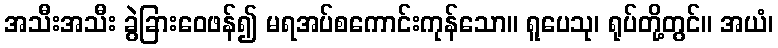
အသီးအသီး ခွဲခြားဝေဖန်၍ မရအပ်စကောင်းကုန်သော။ ရူပေသု၊ ရုပ်တို့တွင်။ အယံ၊